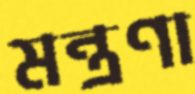
মন্ত্রণা